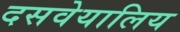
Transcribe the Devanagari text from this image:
दसवेयालिय